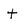
Character: t